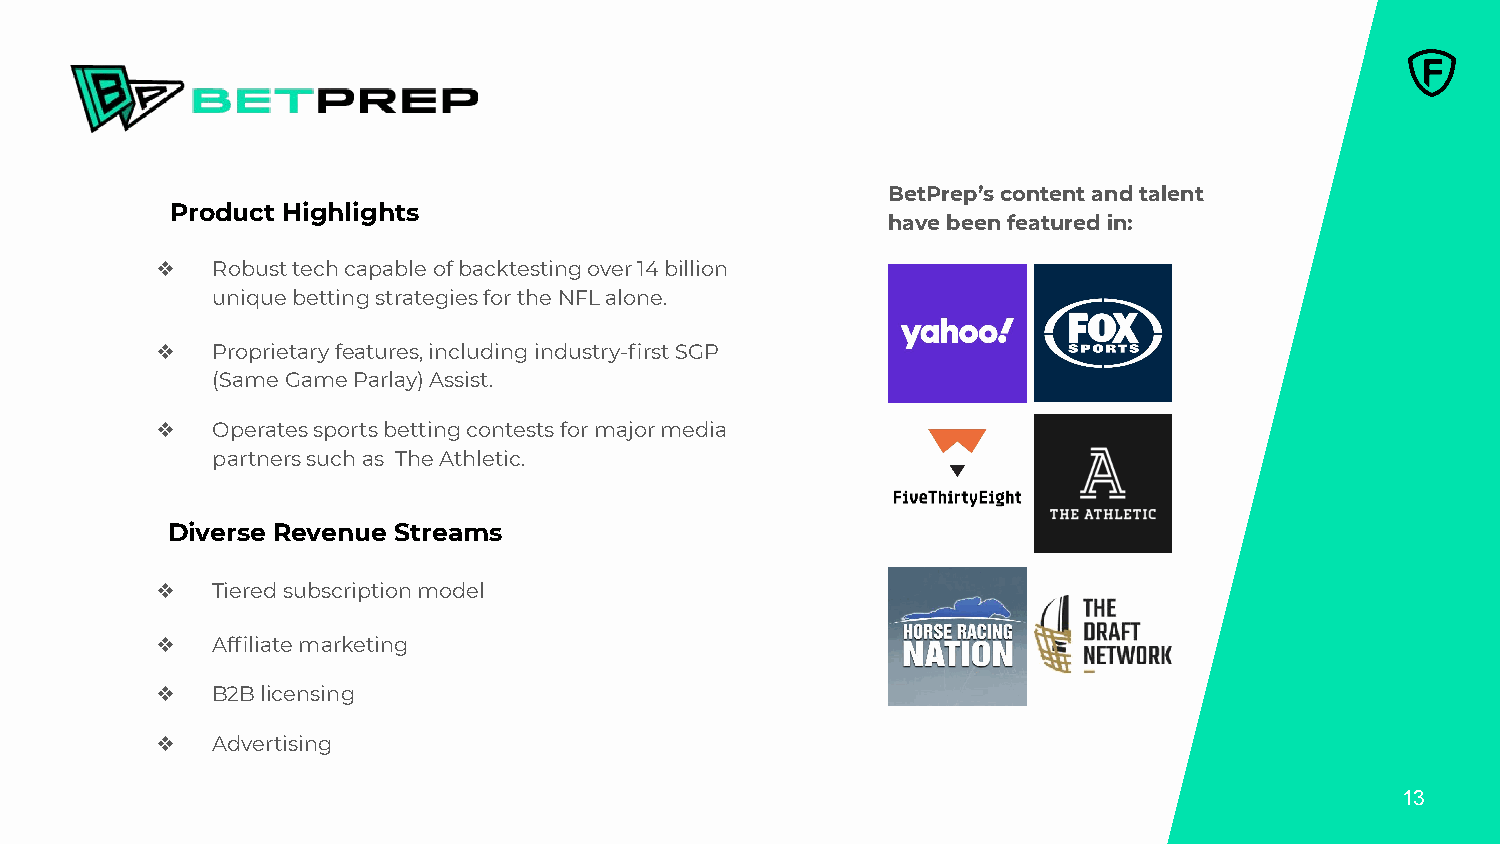
BetPrep’s content and talent
 Product Highlights
 have been featured in:
 ❖   Robust tech capable of backtesting over 14 billion
 unique betting strategies for the NFL alone.
 ❖   Proprietary features, including industry-first SGP
 (Same Game Parlay) Assist.
 ❖   Operates sports betting contests for major media
 partners such as The Athletic.
 Diverse Revenue Streams
 ❖   Tiered subscription model
 ❖   Affiliate marketing
 ❖   B2B licensing
 ❖   Advertising
 13